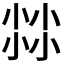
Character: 𡮐